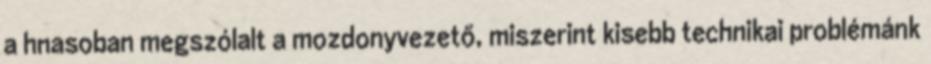
a hnasoban megszólalt a mozdonyvezető, miszerint kisebb technikai problémánk